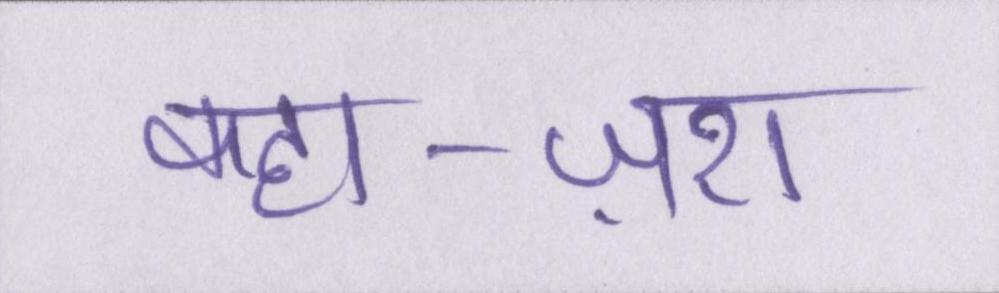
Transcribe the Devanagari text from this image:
कहा-ज़रा